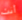
أنت